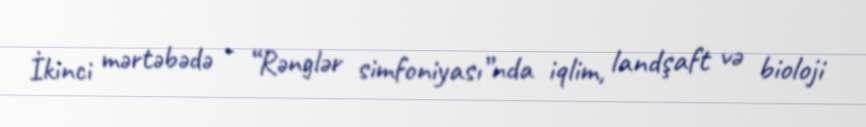
İkinci mərtəbədə - “Rənglər simfoniyası”nda iqlim, landşaft və bioloji